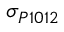
\sigma _ { P 1 0 1 2 }